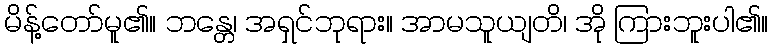
မိန့်တော်မူ၏။ ဘန္တေ၊ အရှင်ဘုရား။ အာမသူယျတိ၊ အို ကြားဘူးပါ၏။